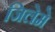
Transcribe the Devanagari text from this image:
जिलेमे